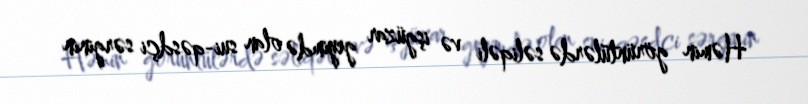
Həmin görüntülərdə səliqəli və işgüzar geyimdə olan sui-qəsdçi sərginin